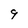
Character: 9